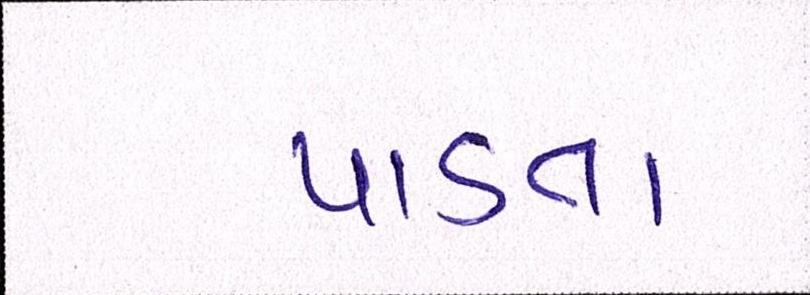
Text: પાડતાં